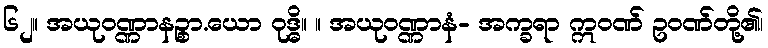
၆၂။ အယုဝဏ္ဏာနဉ္စာ.ယော ဝုဒ္ဓိ။ ။ အယုဝဏ္ဏာနံ- အက္ခရာ ဣဝဏ် ဥဝဏ်တို့၏၊